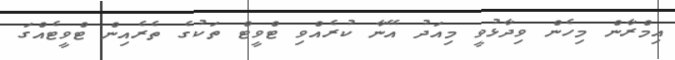
އިމްރާން މިހެން ވިދާޅުވީ މިއަދު އޭނާ ކުރެއްވި ޓްވީޓް ތަކުގެ ތެރެއިން ޓްވީޓެއްގަ